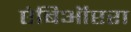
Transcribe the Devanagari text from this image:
एंबिऑप्टरा